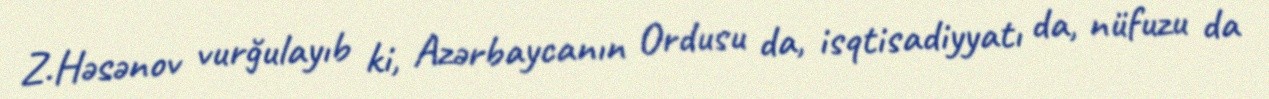
Z.Həsənov vurğulayıb ki, Azərbaycanın Ordusu da, isqtisadiyyatı da, nüfuzu da